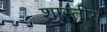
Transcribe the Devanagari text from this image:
शास्तीय